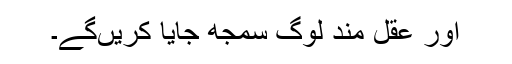
اور عقل مند لوگ سمجھ جایا کریں‌گے۔